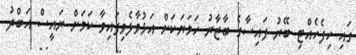
ގައި ހިފެހެއްޓި ބޭރު ފައިސާގެ ބާޒާރު ހަމަޔަކަށް އަޅުވާލެވިފައިވާ ކަމަށް ރައީސް އަބްދު